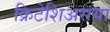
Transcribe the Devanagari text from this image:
क्रिटेशिअसया